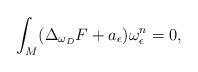
LaTeX: \begin{align*} \int_{M}(\Delta_{\omega_{D}}F+a_{\epsilon})\omega^n_{\epsilon}=0, \end{align*}